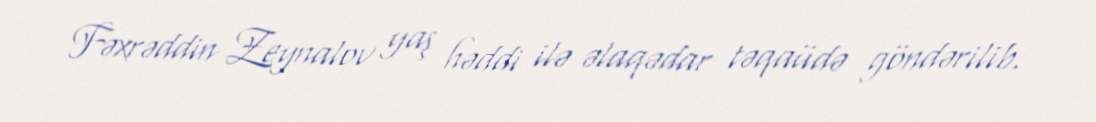
Fəxrəddin Zeynalov yaş həddi ilə əlaqədar təqaüdə göndərilib.